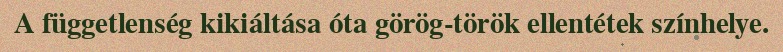
A függetlenség kikiáltása óta görög-török ellentétek színhelye.